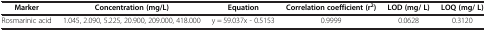
<table><thead><tr><td><b>Marker</b></td><td><b>Concentration (mg/L)</b></td><td><b>Equation</b></td><td><b>Correlation coefficient (r<sup>2</sup>)</b></td><td><b>LOD (mg/ L)</b></td><td><b>LOQ (mg/ L)</b></td></tr></thead><tbody><tr><td>Rosmarinic acid</td><td>1.045, 2.090, 5.225, 20.900, 209.000, 418.000</td><td>y = 59.037x - 0.5153</td><td>0.9999</td><td>0.0628</td><td>0.3120</td></tr></tbody></table>